Indian journal of veterinary science and animal husbandry - Volume 12,
Year: 1942
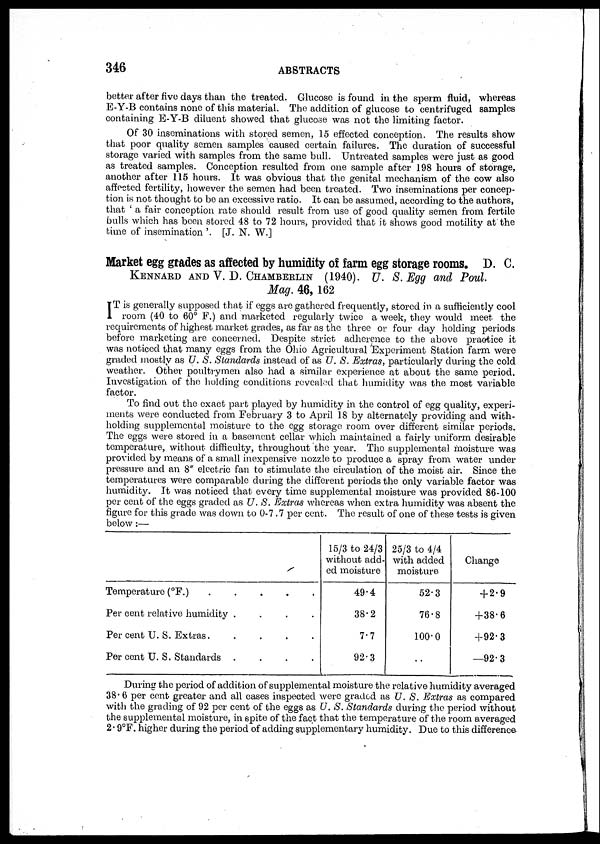
346
ABSTRACTS
better after five days than the treated. Glucose is found in the sperm fluid, whereas
E-Y-B contains none of this material. The addition of glucose to centrifuged samples
containing E-Y-B diluent showed that glucose was not the limiting factor.
Of 30 inseminations with stored semen, 15 effected conception. The results show
that poor quality semen samples caused certain failures. The duration of successful
storage varied with samples from the same bull. Untreated samples were just as good
as treated samples. Conception resulted from one sample after 198 hours of storage,
another after 115 hours. It was obvious that the genital mechanism of the cow also
affected fertility, however the semen had been treated. Two inseminations per concep-
tion is not thought to be an excessive ratio. It can be assumed, according to the authors,
that ' a fair conception rate should result from use of good quality semen from fertile
bulls which has been stored 48 to 72 hours, provided that it shows good motility at the
time of insemination '. [J. N. W.]
Market egg grades as affected by humidity of farm egg storage rooms. D. C.
KENNARD AND V. D. CHAMBERLIN (1940). U. S. Egg and Poul.
Mag. 46, 162
I T is generally supposed that if eggs are gathered frequently, stored in a sufficiently cool
room (40 to 60° F.) and marketed regularly twice a week, they would meet the
requirements of highest market grades, as far as the three or four day holding periods
before marketing are concerned. Despite strict adherence to the above practice it
was noticed that many eggs from the Ohio Agricultural Experiment Station farm were
graded mostly as U. S. Standards instead of as U. S. Extras, particularly during the cold
weather. Other poultrymen also had a similar experience at about the same period.
Investigation of the holding conditions revealed that humidity was the most variable
factor.
To find out the exact part played by humidity in the control of egg quality, experi-
ments were conducted from February 3 to April 18 by alternately providing and with-
holding supplemental moisture to the egg storage room over different similar periods.
The eggs were stored in a basement cellar which maintained a fairly uniform desirable
temperature, without difficulty, throughout the year. The supplemental moisture was
provided by means of a small inexpensive nozzle to produce a spray from water under
pressure and an 8" electric fan to stimulate the circulation of the moist air. Since the
temperatures were comparable during the different periods the only variable factor was
humidity. It was noticed that every time supplemental moisture was provided 86-100
per cent of the eggs graded as U. S. Extras whereas when extra humidity was absent the
figure for this grade was down to 0-7.7 per cent. The result of one of these tests is given
below:—
Temperature (°F.)
Per cent relative humidity
....
Per cent U. S. Extras
Per cent U. S. Standards
....
15/3 to 24/3
without add-
ed moisture
49.4
38.2
7.7
92.3
25/3 to 4/4
with added
moisture
52.3
76.8
100.0
..
Change
+ 2.-9
+38.6
+92.3
—92.3
During the period of addition of supplemental moisture the relative humidity averaged
38.6 per cent greater and all cases inspected were graded as U. S. Extras as compared
with the grading of 92 per cent of the eggs as U. S. Standards during the period without
the supplemental moisture, in spite of the fact that the temperature of the room averaged
2.9°F. higher during the period of adding supplementary humidity. Due to this difference